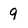
Character: 9